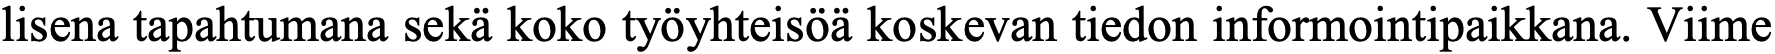
lisena tapahtumana sekä koko työyhteisöä koskevan tiedon informointipaikkana. Viime